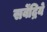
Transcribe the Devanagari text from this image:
सर्वेंद्रिये